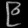
Digit: ၉